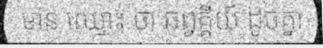
មាន ឈ្មោះ ថា ឆព្វគ្គីយ៍ ដូចគ្នា